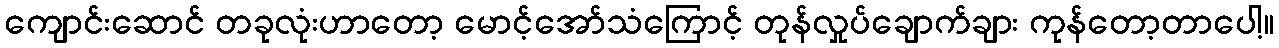
ကျောင်းဆောင် တခုလုံးဟာတော့ မောင့်အော်သံကြောင့် တုန်လှုပ်ချောက်ချား ကုန်တော့တာပေါ့။